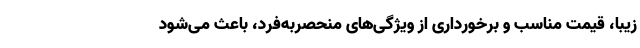
زیبا، قیمت مناسب و برخورداری از ویژگی‌های منحصربه‌فرد، باعث می‌شود